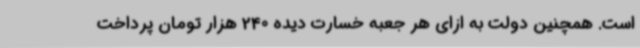
است. همچنین دولت به ازای هر جعبه خسارت دیده 240 هزار تومان پرداخت